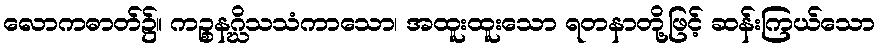
လောကဓာတ်၌။ ကဉ္စနဂ္ဃိသသံကာသော၊ အထူးထူးသော ရတနာတို့ဖြင့် ဆန်းကြယ်သော